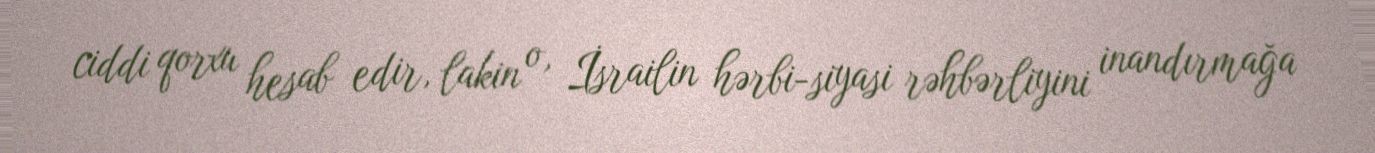
ciddi qorxu hesab edir, lakin o, İsrailin hərbi-siyasi rəhbərliyini inandırmağa